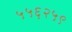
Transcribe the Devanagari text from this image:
५५६२५९